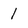
Character: 1